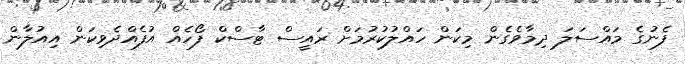
ފެނުގެ މައްސަލަ ދިމާވެގެން މިކަން ހައްލުކުރުމަށް ރައީސް ޓާސްކް ފޯހެއް އުފެއްދެވިކަން އިއުލާން